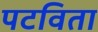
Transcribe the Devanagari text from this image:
पटविता